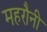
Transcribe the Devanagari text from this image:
महरौनी